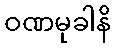
ဝဏမုခါနိ